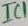
Text: IC1